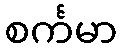
စင်္ကမာ